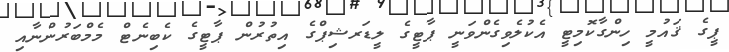
ޕީގެ ޤައުމީ ހިންގާކޮމިޓީ އެކުލެވިގެންވަނީ ޕާޓީގެ ލީޑަރޝިޕްގެ އިތުރުން ޕާޓީގެ ކެބިނެޓް މެމްބަރުންނާއި